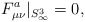
\begin{align*}F^{a}_{\mu \nu} |_{S^3_{\infty}} = 0,\end{align*}